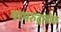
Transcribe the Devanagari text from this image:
परमरुद्रलोक